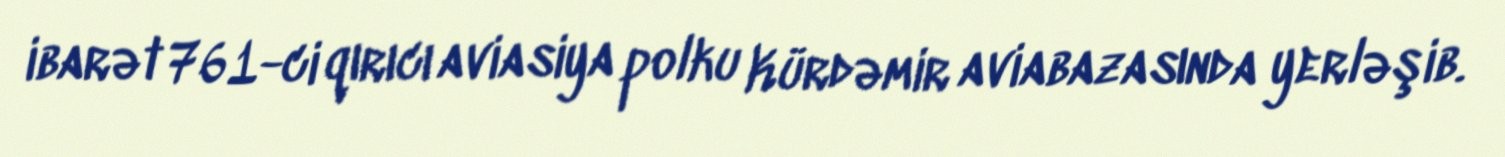
ibarət 761-ci qırıcı aviasiya polku Kürdəmir aviabazasında yerləşib.